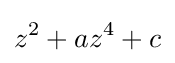
z^{2}+az^{4}+c